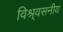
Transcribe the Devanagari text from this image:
विश्र्वसनीय